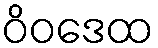
ဝိဝဒေထ